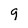
Character: 9